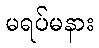
မရပ်မနား